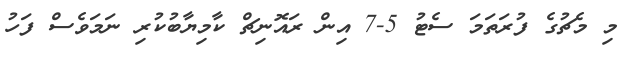
މި މެޗުގެ ފުރަތަމަ ސެޓު 5-7 އިން ރައޮނިޗް ކާމިޔާބުކުރި ނަމަވެސް ފަހު